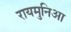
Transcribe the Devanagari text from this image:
रायमुनिआ